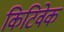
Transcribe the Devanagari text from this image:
किटिवेक